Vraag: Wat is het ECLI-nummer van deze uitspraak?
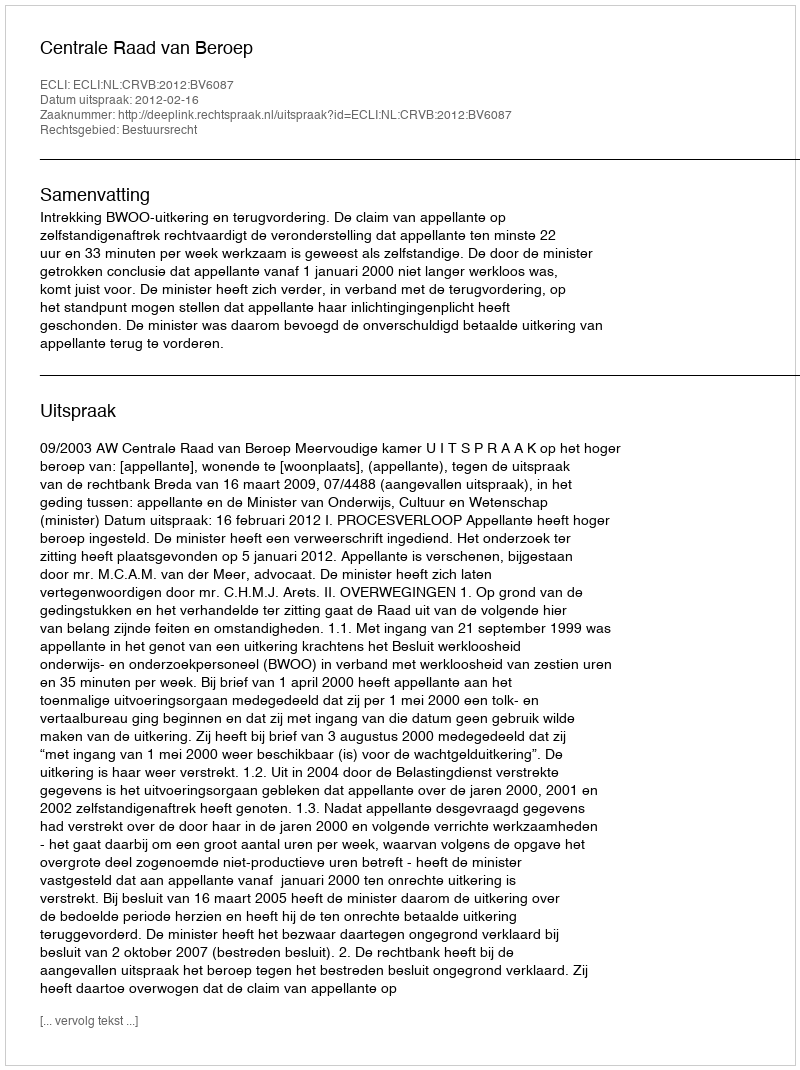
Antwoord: ECLI:NL:CRVB:2012:BV6087